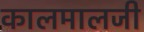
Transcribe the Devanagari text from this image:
कालमालजी